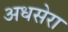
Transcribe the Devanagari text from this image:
अधसेरा